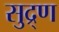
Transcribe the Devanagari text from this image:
सुद्र्ण